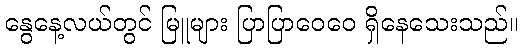
နွေနေ့လယ်တွင် မြူများ ပြာပြာဝေဝေ ရှိနေသေးသည်။